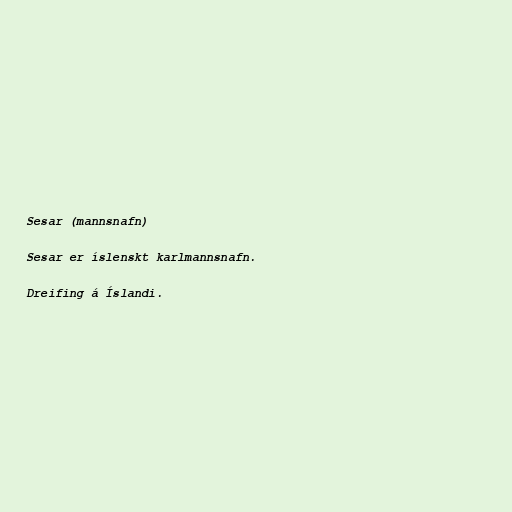
Sesar (mannsnafn)

Sesar er íslenskt karlmannsnafn.

Dreifing á Íslandi.